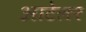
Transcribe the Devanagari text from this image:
आटेलर